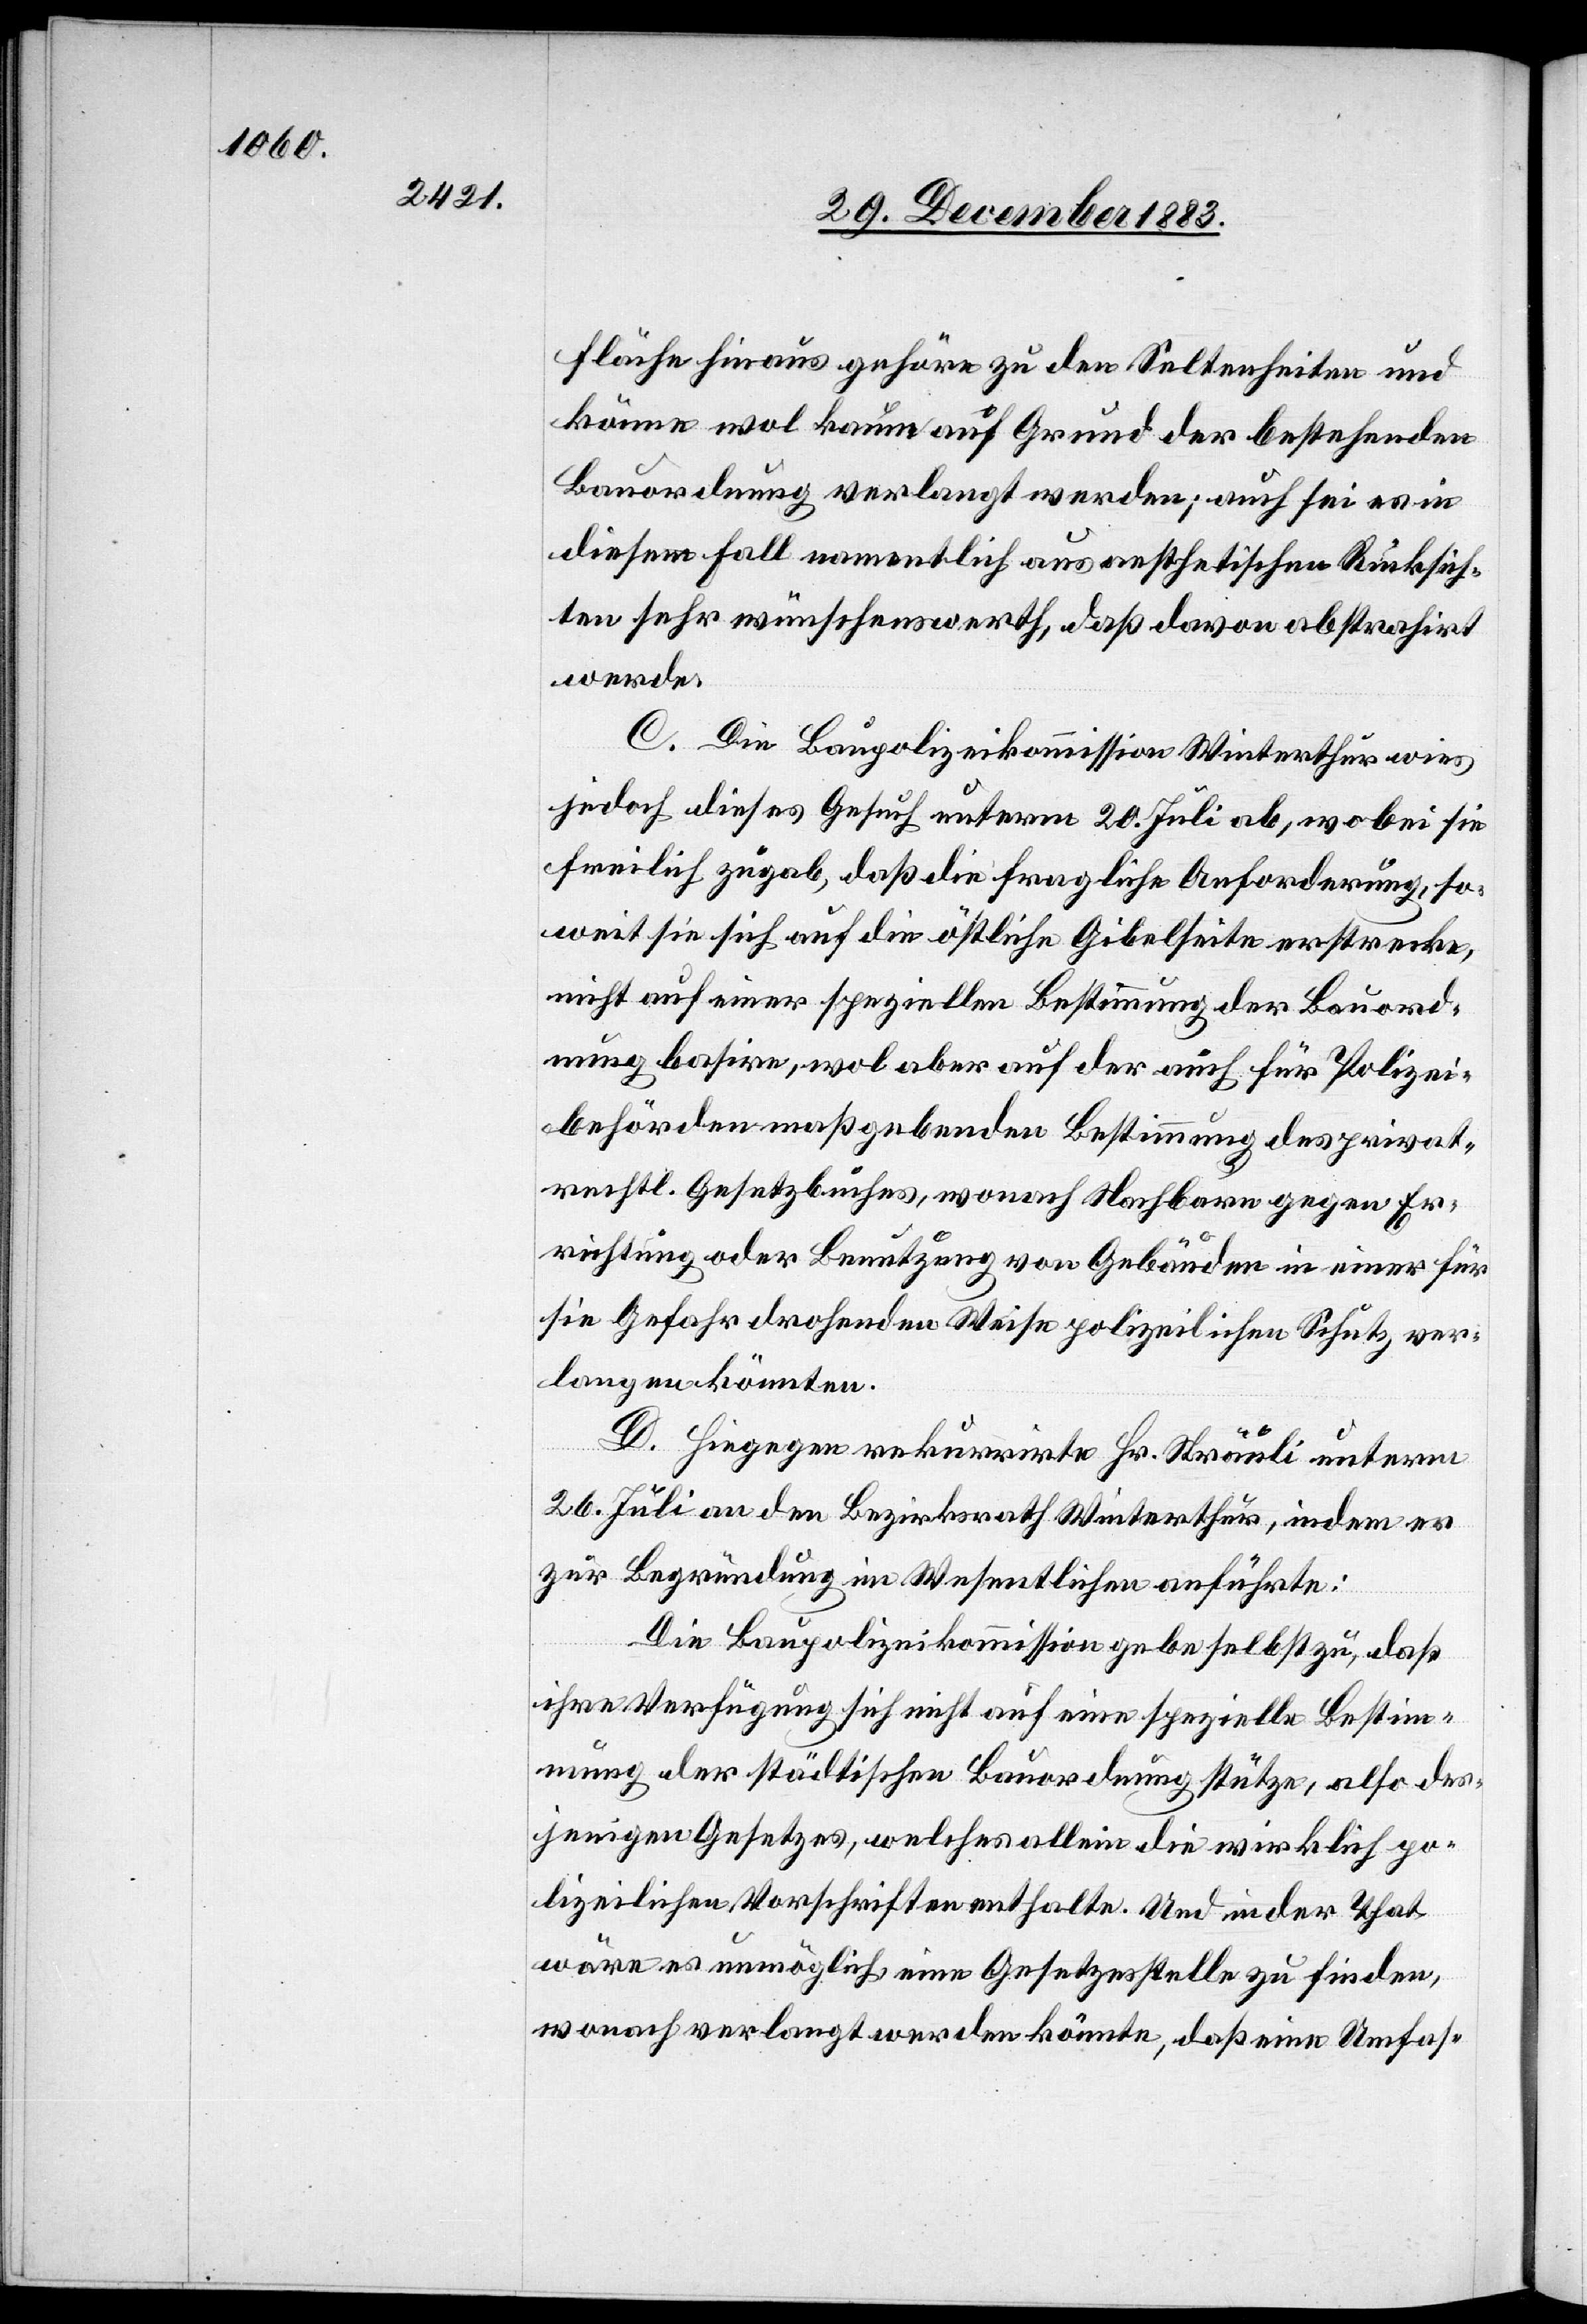
fläche hinaus gehöre zu den Seltenheiten und
könne wol kaum auf Grund der bestehenden
Bauordnung verlangt werden; auch sei es in
diesem Fall namentlich aus aestethischen Rücksich¬
ten sehr wünschenswerth, daß davon abstrahirt
werde.
C. Die Baupolizeikommission Winterthur wies
jedoch dieses Gesuch unterm 20. Juli ab, wobei sie
freilich zugab, daß die fragliche Anforderung, so¬
weit sie sich auf die östliche Gibelseite erstrecke,
nicht nach einer speziellen Bestimmung der Bauord¬
nung basire, wol aber auf der auch für Polizei¬
behörden maßgebenden Bestimmung des privat¬
rechtl. Gesetzbuches, wonach Nachbarn gegen Er¬
richtung oder Benutzung von Gebäuden in einer für
sie Gefahr drohenden Weise polizeilichen Schutz ver¬
langen könnten.
D. Hiegegen rekurrirte Hr. Sträuli unterm
26. Juli an den Bezirksrath Winterthur, indem er
zur Begründung in Wesentlichen anführte:
Die Baupolizeikommission gebe selbst zu, daß
ihre Verfügung sich nicht auf eine spezielle Bestim¬
mung der städtischen Bauordnung stütze, also des¬
jenigen Gesetzes, welches allein die wirklich po¬
lizeilichen Vorschriften enthalte. Und in der That,
wäre es unmöglich eine Gesetzesstelle zu finden,
wonach verlangt werden könnte, daß eine Umfas-